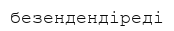
безендендіреді